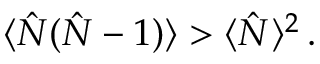
\langle { \hat { N } } ( { \hat { N } } - 1 ) \rangle > \langle { \hat { N } } \rangle ^ { 2 } \, .